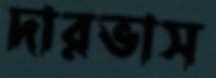
দারভাস